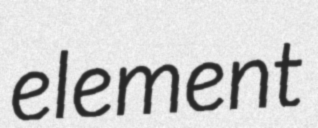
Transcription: element